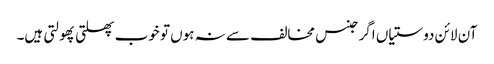
آن لائن دوستیاں اگر جنس مخالف سے نہ ہوں تو خوب پھلتی پھولتی ہیں۔